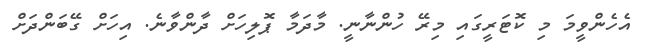
އެހެންވީމަ މި ކޮޓަރީގައި މިރޭ ހުންނާނީ. މާދަމާ ޕޮލިހަށް ދާންވާނެ. އިހަށް ގޭބަންދަށް